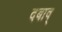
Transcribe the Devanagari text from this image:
दबाव्